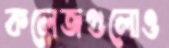
কলেজগুলোও